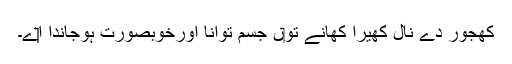
کھجور دے نال کھیرا کھانے تو‏ں جسم توانا اورخوبصورت ہوجاندا ا‏‏ے۔